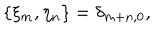
\{ \xi _ { m } , \eta _ { n } \} = \delta _ { m + n , 0 } ,